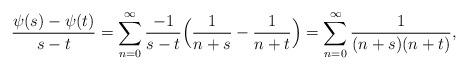
LaTeX: \begin{align*} \frac{\psi(s) - \psi(t)}{s - t} = \sum^{\infty}_{n = 0} \frac{-1}{s - t} \Big( \frac{1}{n + s} - \frac{1}{n + t} \Big) = \sum^{\infty}_{n = 0} \frac{1}{(n + s)(n + t)},\end{align*}